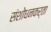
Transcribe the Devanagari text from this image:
संशोधनकर्ता